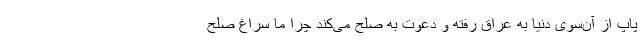
پاپ از آن‌سوی دنیا به عراق رفته و دعوت به صلح می‌کند چرا ما سراغ صلح